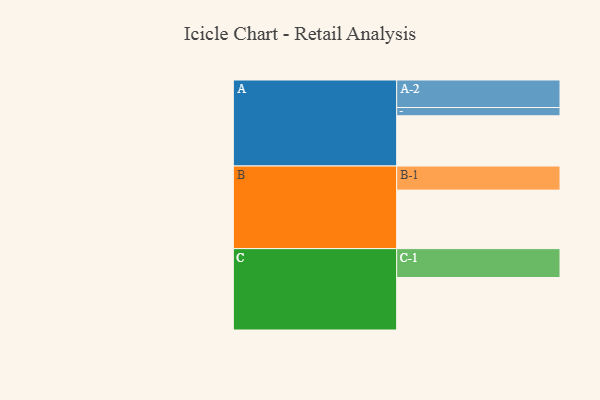
{"axis": {"x": "Segment", "y": "Value"}, "legend": ["", "A", "B", "C"], "data": [{"x": "A", "y": 442, "type": ""}, {"x": "B", "y": 515, "type": ""}, {"x": "C", "y": 462, "type": ""}, {"x": "A-1", "y": 73, "type": "A"}, {"x": "A-2", "y": 242, "type": "A"}, {"x": "B-1", "y": 212, "type": "B"}, {"x": "C-1", "y": 254, "type": "C"}]}